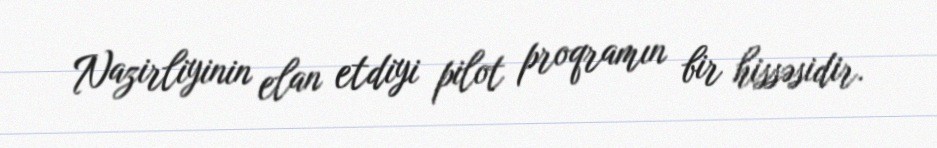
Nazirliyinin elan etdiyi pilot proqramın bir hissəsidir.